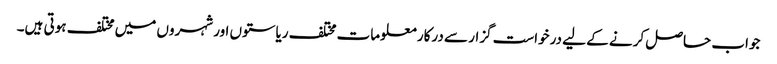
جواب حاصل کرنے کے لیے درخواست گزار سے درکار معلومات مختلف ریاستوں اور شہروں میں مختلف ہوتی ہیں۔